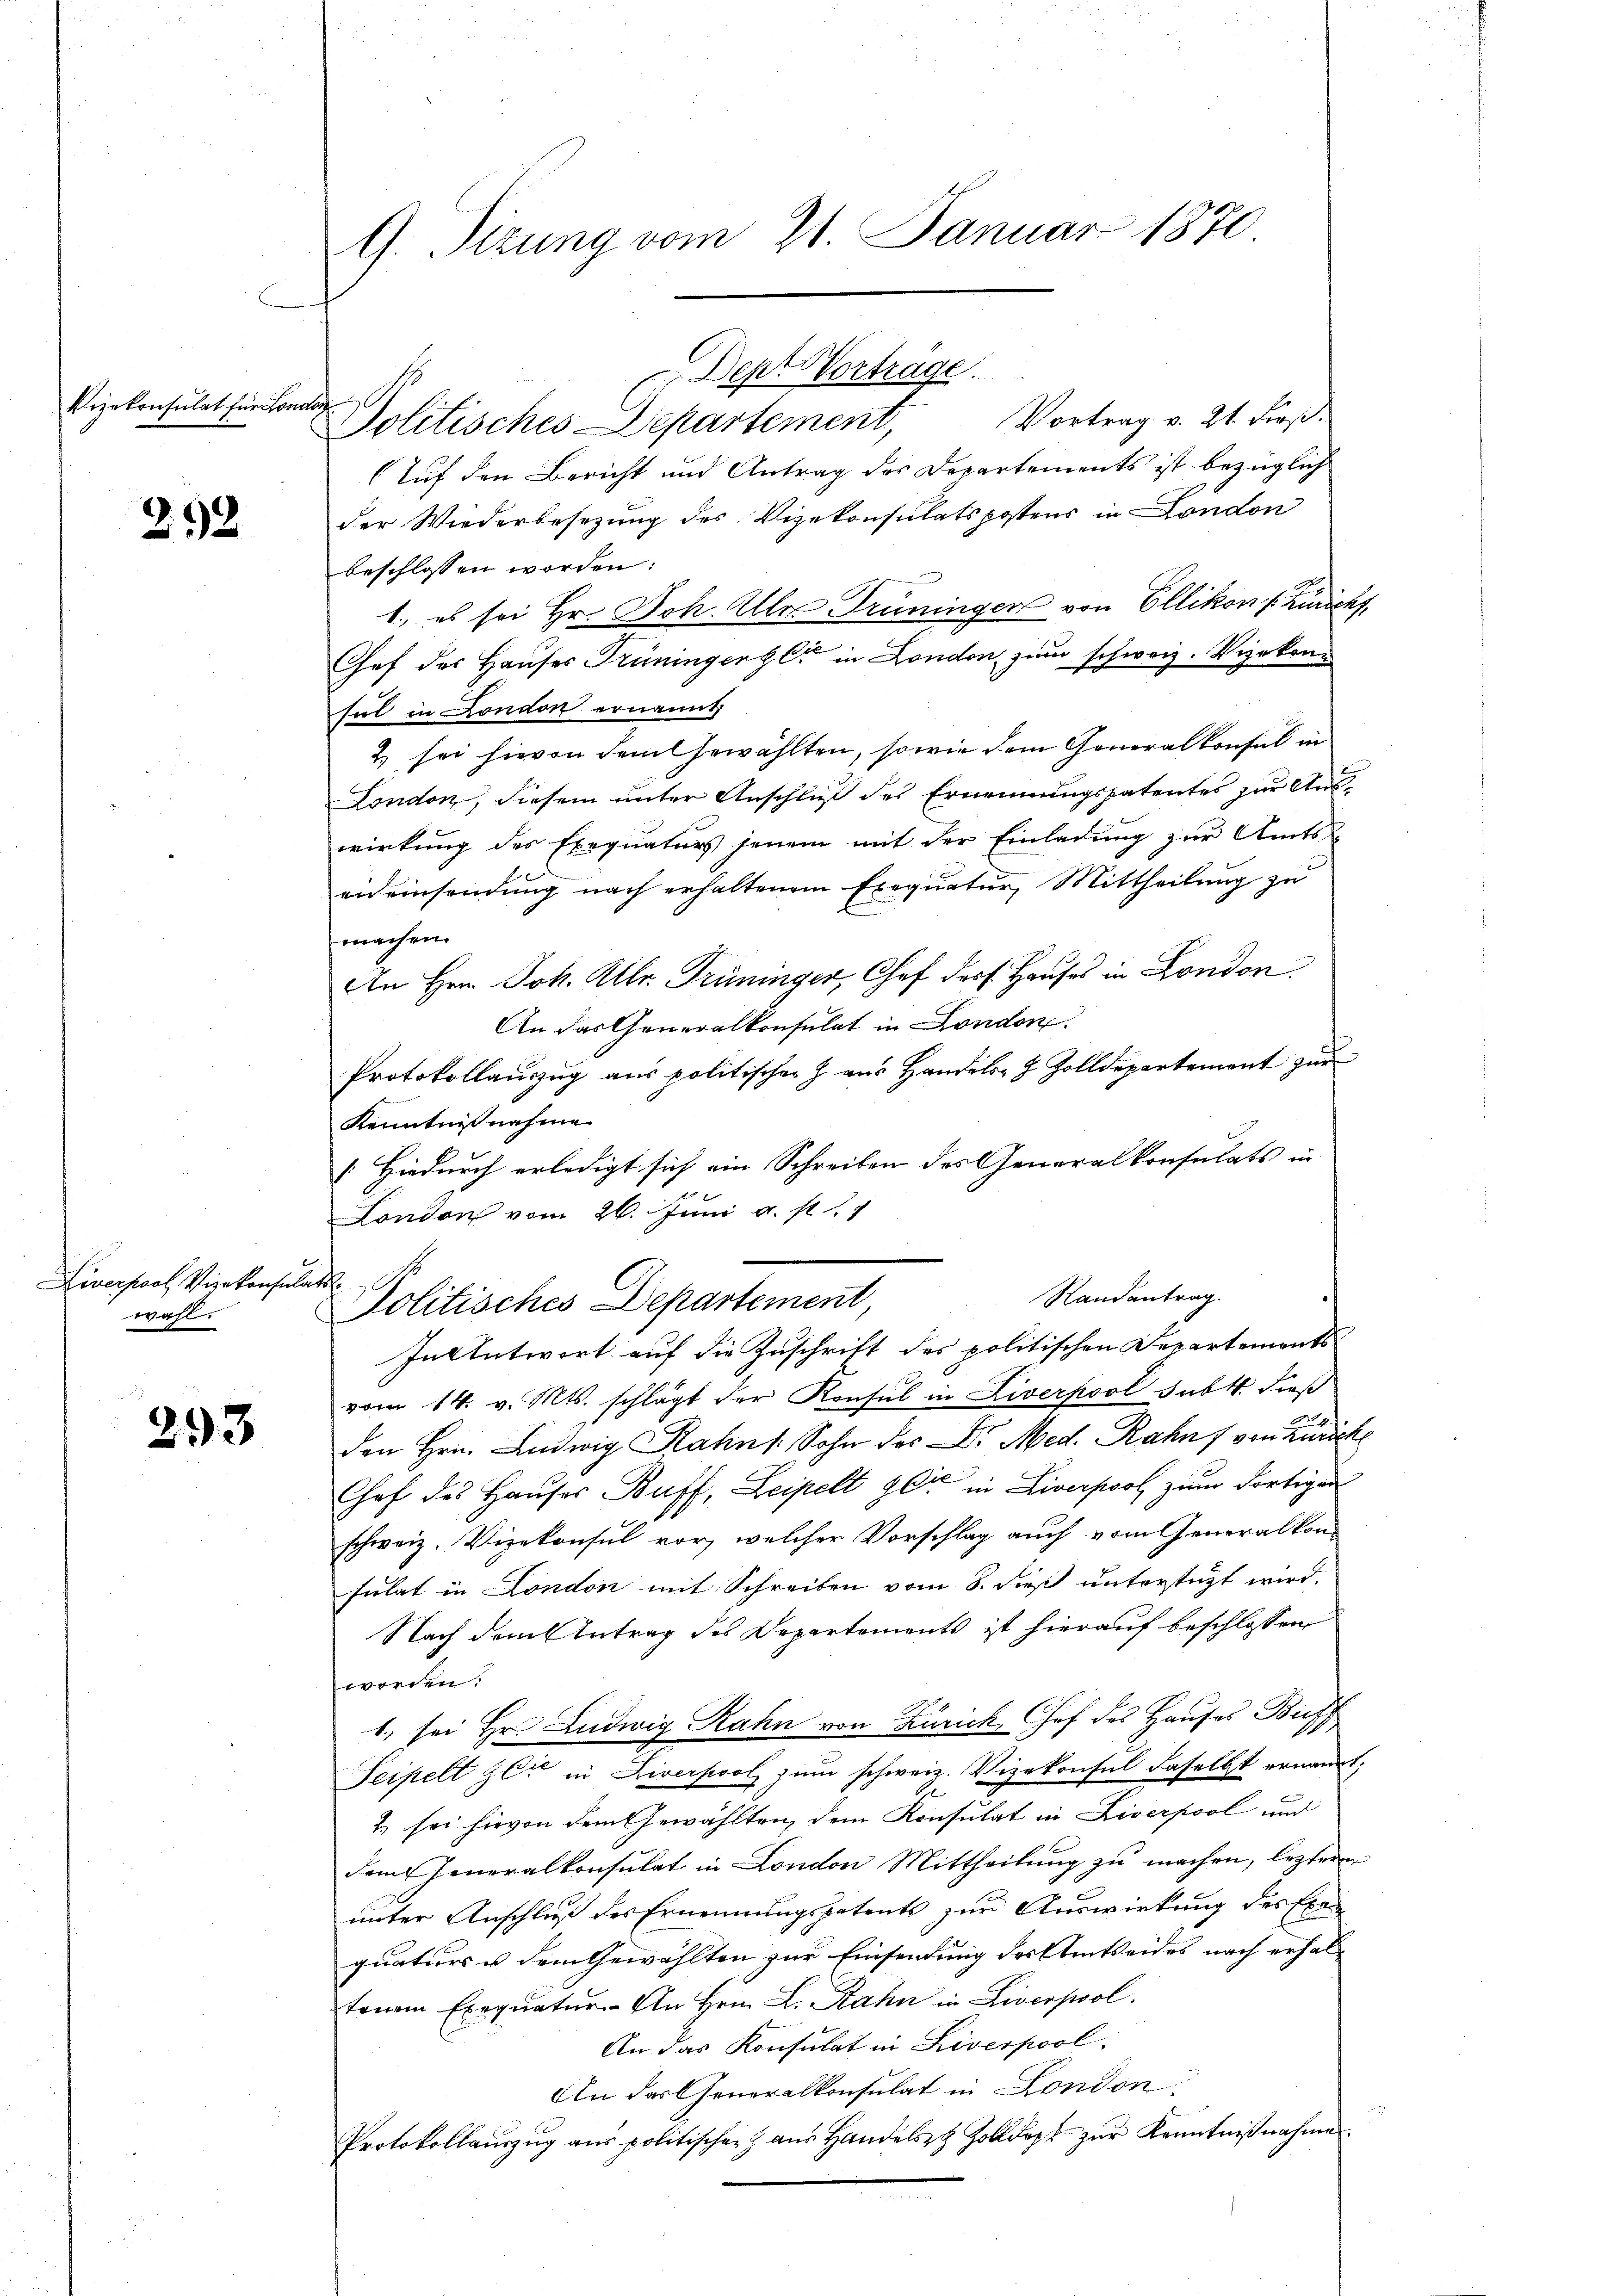
Vizekonsulat für London

252

Liverpool, Vizekonsulat I
wahl.

293

G. Sitzung vom 21. Januar 1870

Dept Vorträge.
Politisches Departement,

London vom 26. Juni a. p. 17
Politisches Departement

Vortrag v. 21. dieß.
Auf den Bericht und Antrag des Departements ist bezüglich
der Wiederbesezung des Vizekonsulatspostens in London
beschlossen worden:
1. es sei Hr. Joh. Ule Trüninger von Ellikon [Züricht,
Chef des Hauses Trüningerger in London, zum schweiz. Wirkensul in London ernannt
2) sei hievon dem Gewählten, sowie dem Generalkonsul in
London, diesem unter Anschluß des Ernennungspatentes zur Auswirkung des Exequaturs jenem mit der Einladung zur Amts-
eid einsendung nach erhaltenem Exequatur, Mittheilung zu
machen.
An Hrn. Joh. Mltr. Trüninger, Chef ders Hauses in London
An das Generalkonsulat in London.
Protokollauszug aus politischer Z. aus Handels- & Zolldepartement zŭr
Kenntnisnahme
[Hiedurch erledigt sich ein Schreiben des Generalkonsulats in
Randantrag.
In Antwort auf die Zuschrift des politischen Departements
vom 14. v. Mts. schlägt der Konsul in Liverpool subt. dieß
den Hrn. Ludwig Rahn /: Sohn des Dr. Med. Rahn von Zürich
Chef des Hauses Buff, Leipelt 90 in Liverpool zum dortigen
schweiz. Vizekonsul vor, welcher Vorschlag auch vom Generalkonsulat in London mit Schreiben vom 8. dieß unterstüzt wird.
Nach dem Antrag des Departements ist hierauf beschlossen
worden.
1. sei Hr. Ludwig Rahn von Zürich, Chef des Hauses Buff
Teipelt zer in Liverpool zum schweiz. Vizekonsul daselbst ernannt;
1 sei hievon dem Gewählten, dem Konsulat in Liverpool und
dem Generalkonsulat in London Mittheilung zu machen, lezteren
unter Anschluß des Ernennungspatents zur Auswirkung des Exequaturs u dem Gewählten zur Einsendung dersten Weides nach erhaltenem Exequatur. An Hrn. L. Rahn in Liverpool.
An das Konsulat in Liverpool,
An das Generalkonsulat in London.
Protokollaŭszŭg aŭs politischen Haŭs Handelst Zolldept zŭr Kenntniβnahme